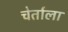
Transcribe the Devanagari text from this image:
चेर्ताला